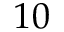
1 0